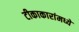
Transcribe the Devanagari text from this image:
टीकाकारांमध्ये